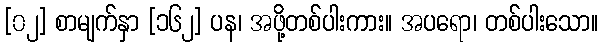
[၀၂] စာမျက်နှာ [၁၆၂] ပန၊ အဖို့တစ်ပါးကား။ အပရော၊ တစ်ပါးသော။